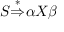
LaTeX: S { \stackrel { * } { \Rightarrow } } \alpha X \beta